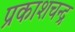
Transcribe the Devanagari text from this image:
प्रकाशचन्द्र